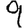
Digit: 9